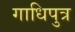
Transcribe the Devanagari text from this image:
गाधिपुत्र